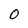
Character: 0